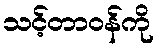
သင့်တာဝန်ကို